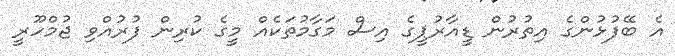
އެ ބޭފުޅުންގެ އިތުރުން ޑީއާރުޕީގެ އިސް މަގާމުތަކެއް މީގެ ކުރިން ފުރުއްވި ޖުމްހޫރީ